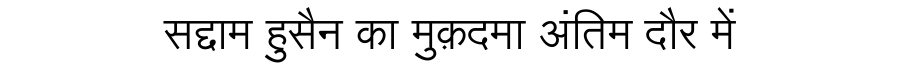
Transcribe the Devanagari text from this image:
सद्दाम हुसैन का मुक़दमा अंतिम दौर में